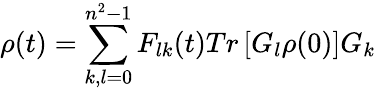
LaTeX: \rho(t)=\sum_{k,l=0}^{{{n}^{2}}-1}{{{F}_{lk}}}(t)Tr\left[{{G}_{l}}\rho(0)\right]{{G}_{k}}